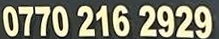
0770 216 2929